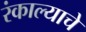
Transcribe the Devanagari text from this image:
रंकाल्याचे